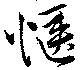
愜